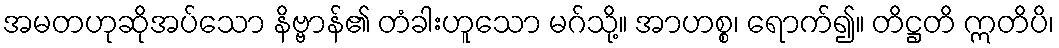
အမတဟုဆိုအပ်သော နိဗ္ဗာန်၏ တံခါးဟူသော မဂ်သို့။ အာဟစ္စ၊ ရောက်၍။ တိဋ္ဌတိ ဣတိပိ၊